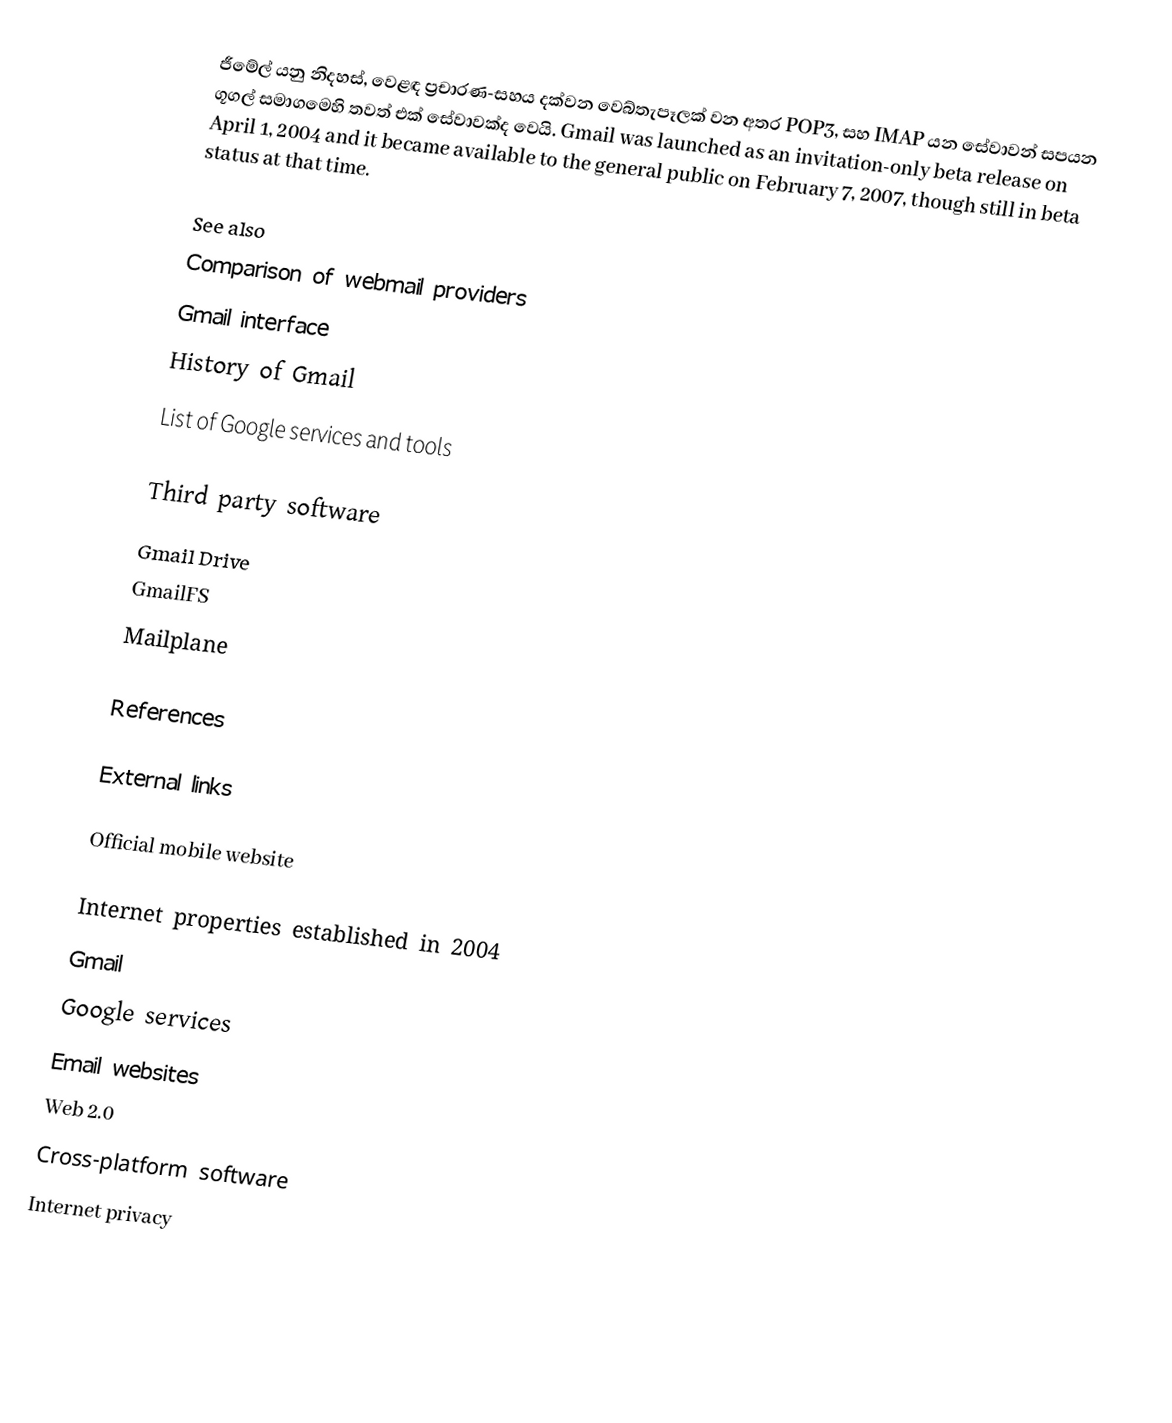
ජීමේල් යනු නිදහස්, වෙළඳ ප්‍රචාරණ-සහය දක්වන වෙබ්තැපෑලක් වන අතර POP3, සහ IMAP යන සේවාවන් සපයන ගූගල් සමාගමෙහි තවත් එක් සේවාවක්ද වෙයි. Gmail was launched as an invitation-only beta release on April 1, 2004 and it became available to the general public on February 7, 2007, though still in beta status at that time.

See also
 Comparison of webmail providers
 Gmail interface
 History of Gmail
 List of Google services and tools

Third party software
 Gmail Drive
 GmailFS
 Mailplane

References

External links

Official mobile website

Internet properties established in 2004
Gmail
Google services
Email websites
Web 2.0
Cross-platform software
Internet privacy